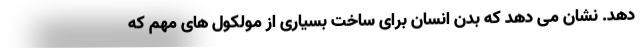
دهد. نشان می دهد که بدن انسان برای ساخت بسیاری از مولکول های مهم که